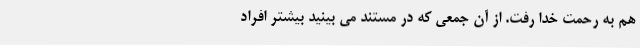
هم به رحمت خدا رفت‌. از آن جمعی که در مستند می بینید بیشتر افراد